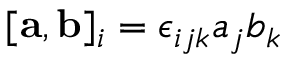
[ { \bf a } , { \bf b } ] _ { i } = \epsilon _ { i j k } a _ { j } b _ { k }